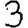
Digit: 3